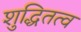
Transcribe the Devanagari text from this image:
शुद्धितत्व